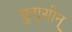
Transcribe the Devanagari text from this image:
फ्रुगुसोन्